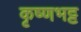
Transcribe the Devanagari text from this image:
कृष्णभट्ट